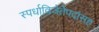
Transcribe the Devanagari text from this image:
स्पर्धाविजेतेपदांसह